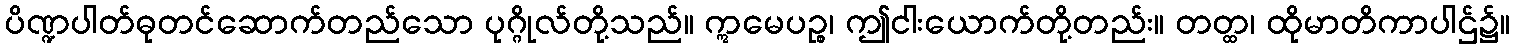
ပိဏ္ဍပါတ်ဓုတင်ဆောက်တည်သော ပုဂ္ဂိုလ်တို့သည်။ ဣမေပဉ္စ၊ ဤငါးယောက်တို့တည်း။ တတ္ထ၊ ထိုမာတိကာပါဌ်၌။